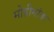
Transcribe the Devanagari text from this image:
मोहीमांवर